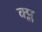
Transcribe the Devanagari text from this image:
क्प्ल